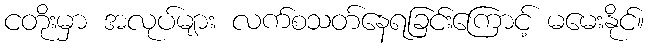
ငတိုးမှာ အလုပ်များ လက်စသတ်နေရခြင်းကြောင့် မမေးနိုင်။